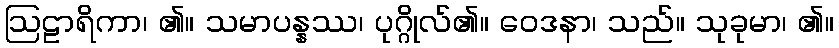
ဩဠာရိကာ၊ ၏။ သမာပန္နဿ၊ ပုဂ္ဂိုလ်၏။ ဝေဒနာ၊ သည်။ သုခုမာ၊ ၏။